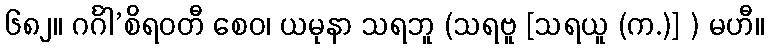
၆၈၂။ ဂင်္ဂါ’စိရဝတီ စေဝ၊ ယမုနာ သရဘူ (သရဗူ [သရယူ (က.)] ) မဟီ။